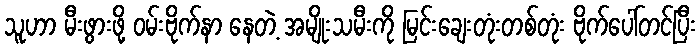
သူဟာ မီးဖွားဖို့ ဝမ်းဗိုက်နာ နေတဲ့ အမျိုးသမီးကို မြင်းချေးတုံးတစ်တုံး ဗိုက်ပေါ်တင်ပြီး